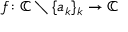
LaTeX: f \colon \mathbb { C } \setminus \{ a _ { k } \} _ { k } \rightarrow \mathbb { C }